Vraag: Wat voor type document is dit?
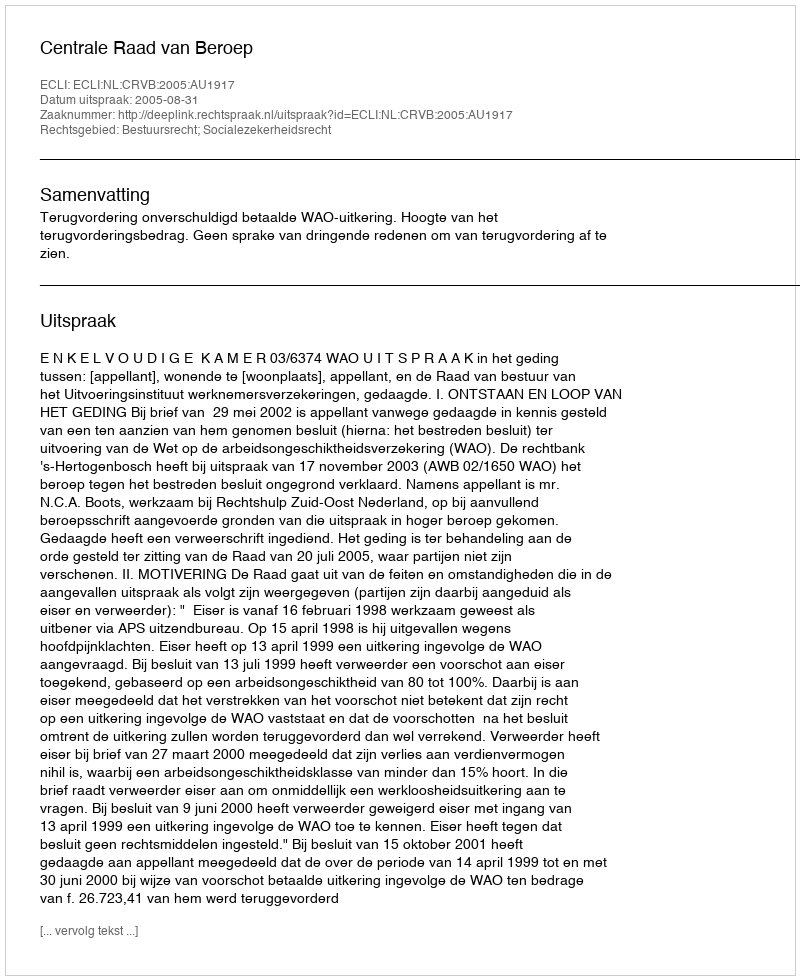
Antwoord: Uitspraak